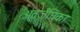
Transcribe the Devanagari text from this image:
अंतर्जंघिका